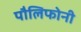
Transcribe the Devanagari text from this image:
पौलिफोनी